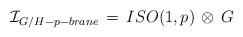
LaTeX: \begin{align*}{\cal I}_{G/H-p-brane} \, = \, ISO(1,p) \, \otimes \, G \end{align*}